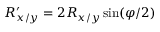
R _ { x / y } ^ { \prime } = 2 R _ { x / y } \sin ( \varphi / 2 )